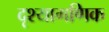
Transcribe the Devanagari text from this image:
दृश्यागणिक